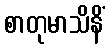
စာတုမာသိနိံ